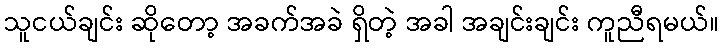
သူငယ်ချင်း ဆိုတော့ အခက်အခဲ ရှိတဲ့ အခါ အချင်းချင်း ကူညီရမယ်။